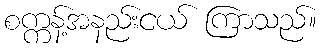
စက္ကန့်အနည်းငယ် ကြာသည်။